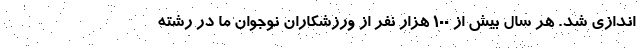
اندازی شد. هر سال بیش از 100 هزار نفر از ورزشکاران نوجوان ما در رشته